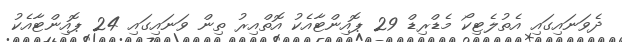
ދެވަނައިގައި އެތުލެޓިކޯ މެޑްރިޑް 29 ޕޮއިންޓާއެކު އޮތްއިރު ތިން ވަނައިގައި 24 ޕޮއިންޓާއެކު